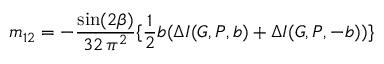
m _ { 1 2 } = - \frac { \sin ( 2 \beta ) } { 3 2 \, \pi ^ { 2 } } \{ \frac { 1 } { 2 } b ( \Delta I ( G , P , b ) + \Delta I ( G , P , - b ) ) \}